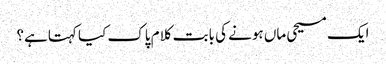
ایک مسیحی ماں ہونے کی بابت کلام پاک کیا کہتاہے؟